Rakvere_kinnistusamet, lk 27
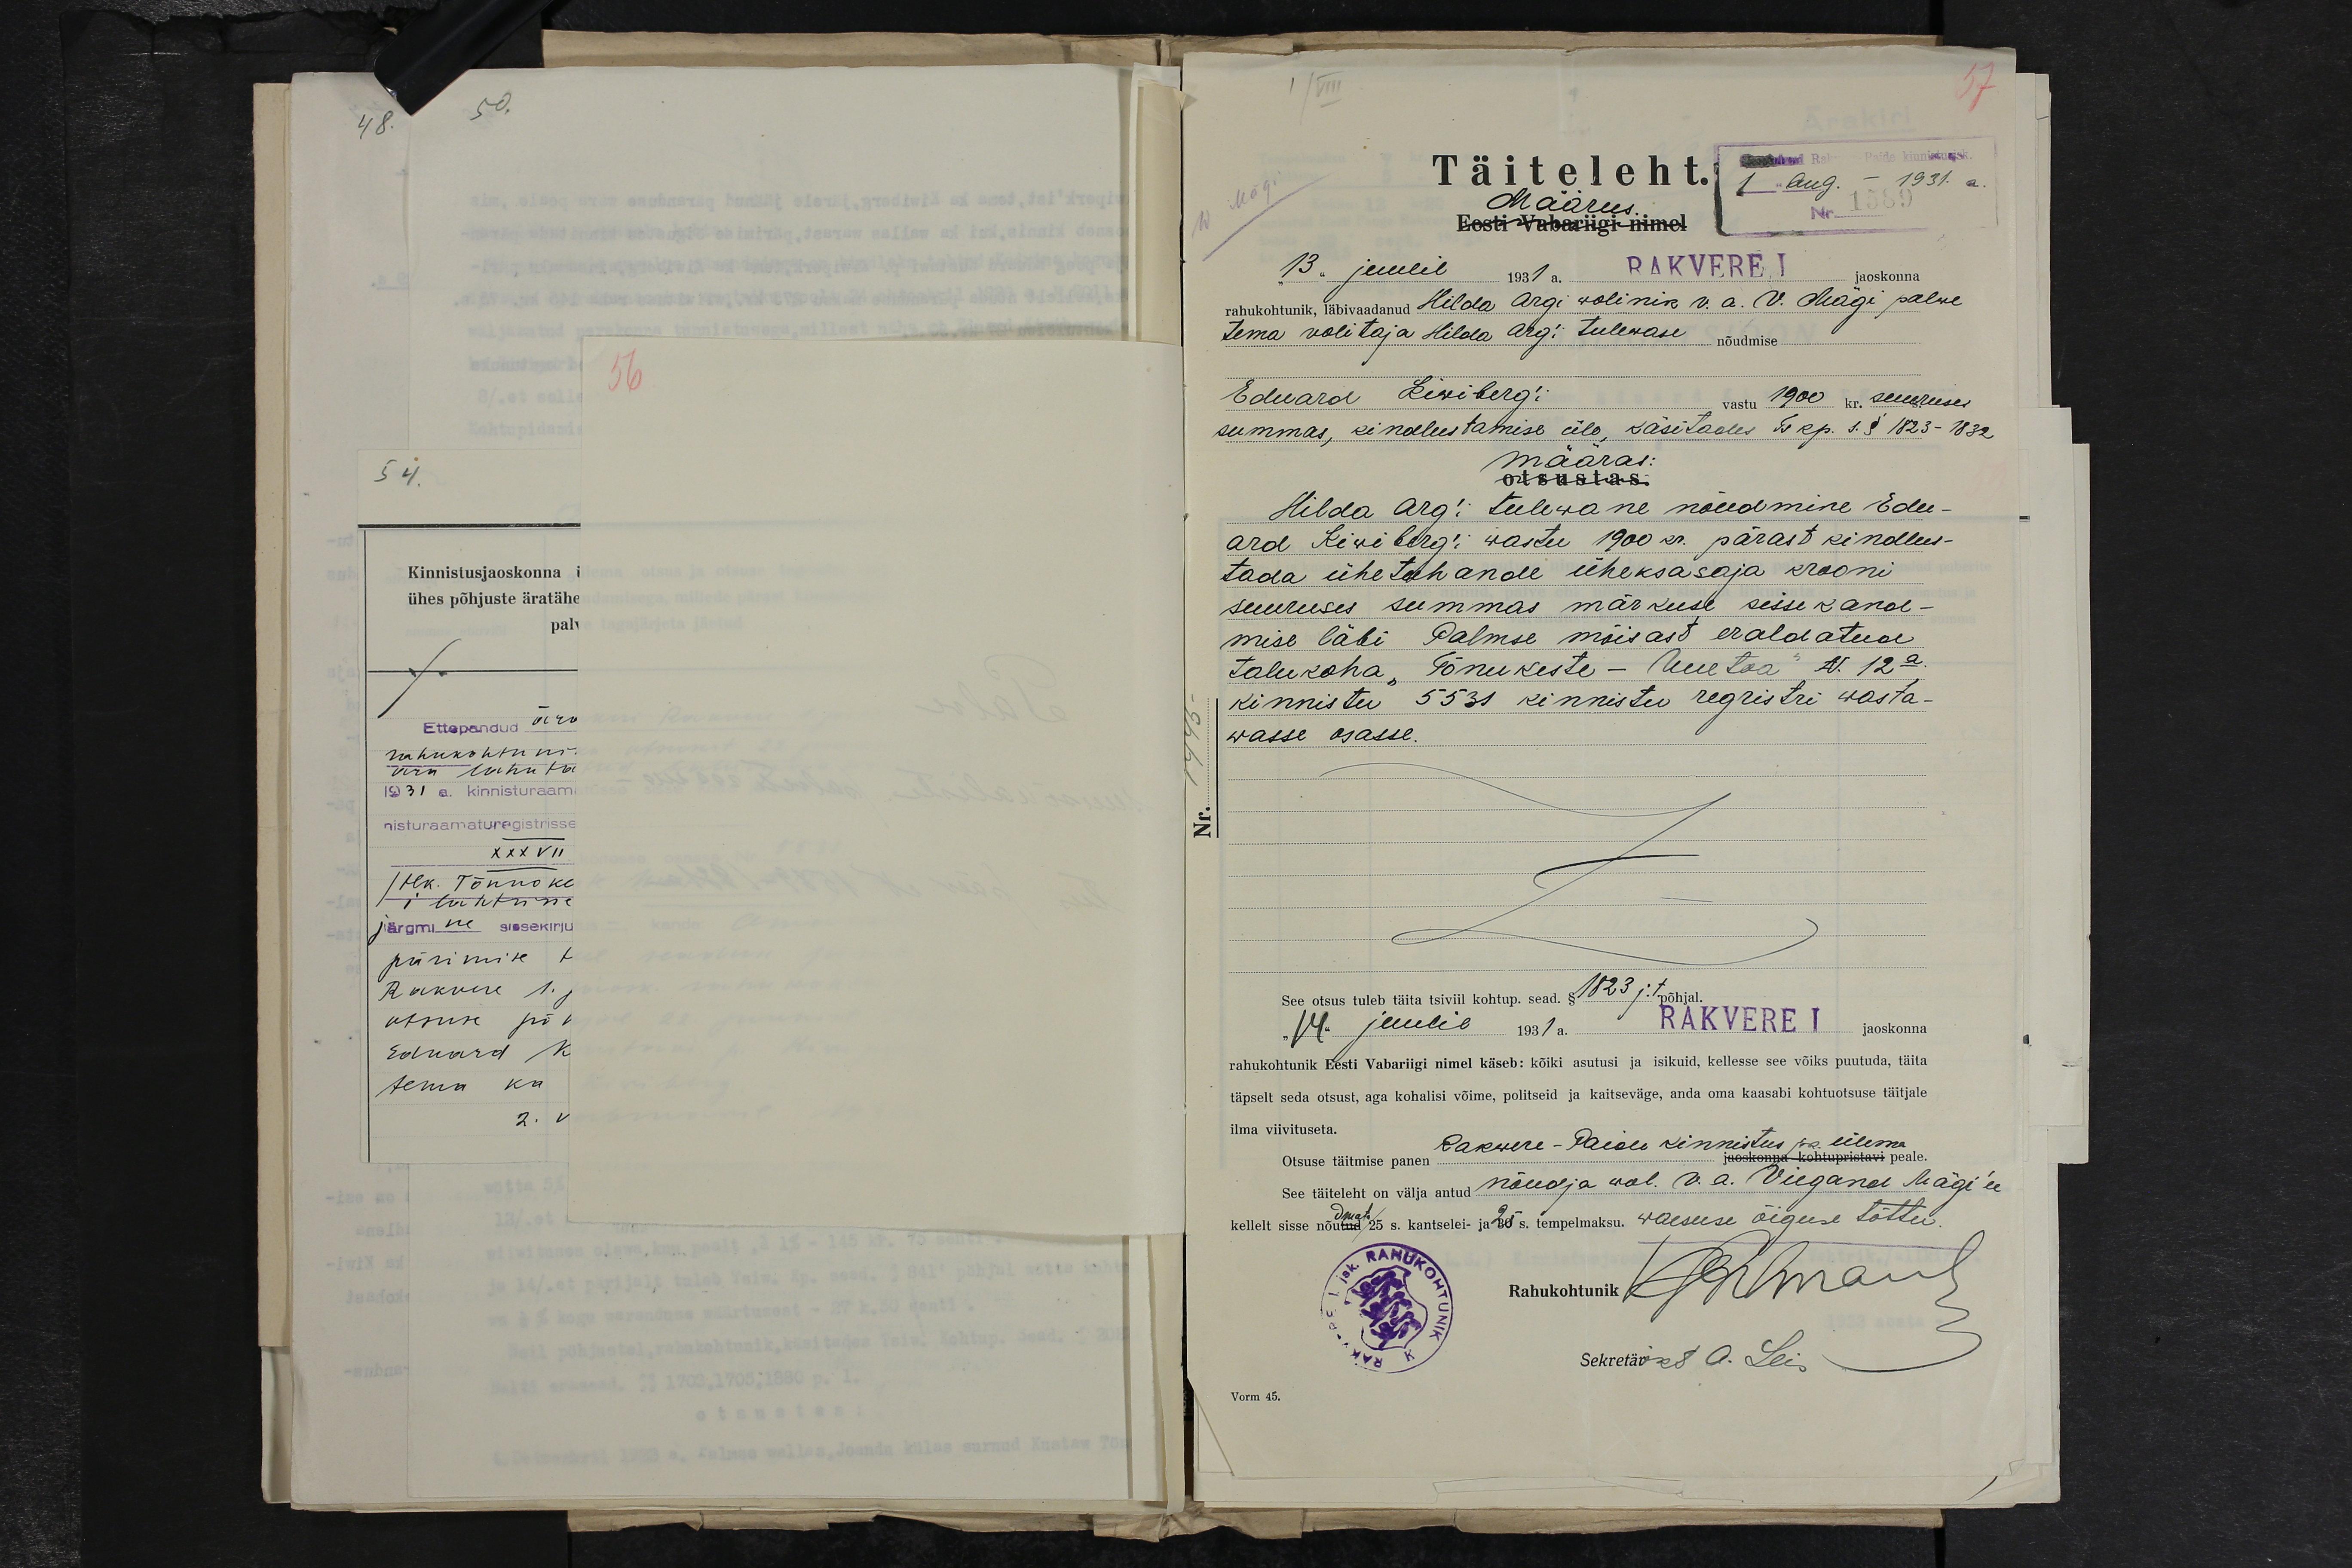
Täiteleht.
1 Aug. - 1931. a.
Määrus
Eesti Vabariigi nimel
"13" juulil 1931 a. RAKVERE I jaoskonna
rahukohtunik, läbivaadanud Hilda Argi wolinik v.a. V. Mägi palwe
tema volitaja Hilda Arg'i tulewase
nõudmise
Eduard Kiwiberg'i
vastu 1900 kr. suuruses
summas, kindlustamise üle, käsitades Tskp. s. § 1823-1832
määras:
Hilda Arg'i tulewane nõudmine Edu-
ard Kiwiberg'i wastu 1900 kr. pärast kindlus-
tada ühe tuhande üheksasaja krooni
suuruses summas märkuse sissekand-
mise läbi Palmse mõisast eraldatud
talukoha "Tõnukeste - Uuetoa" No 12a.
kinnistu 5531 kinnisti registri wasta-
wasse osasse.
See otsus tuleb täita tsiviil kohtup. sead. § 1823 j.t põhjal
14. juulil 1931a. RAKVERE I jaoskonna
rahukohtunik Eesti Vabariigi nimel käseb: kõiki asutusi ja isikuid, kellesse see võiks puutuda, täita
täpselt seda otsust, aga kohalisi võime, politseid ja kaitseväge, anda oma kaasabi kohtuotsuse täitjale
ilma viivituseta.
Otsuse täitmise panen Rakwere-Paide kinnistus jsk. ülema
jaoskonna kohtupristavi peale.
See täiteleht on välja antud nõudja wol. v.a. Viegand Mägi'le
kellelt sisse nõudmata 25 s. kantselei- ja 25 s. tempelmaksu. waesuse õiguse tõttu.
Rahukohtunik
Sekretäv K A. Leis
Vorm 45.